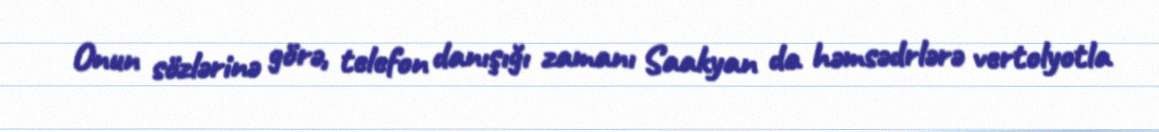
Onun sözlərinə görə, telefon danışığı zamanı Saakyan da həmsədrlərə vertolyotla